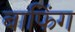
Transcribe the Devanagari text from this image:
बाफिंग